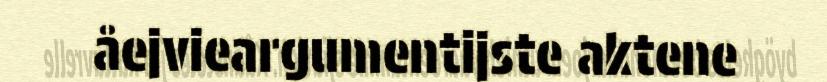
åejvieargumentijste aktene